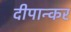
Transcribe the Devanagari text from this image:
दीपान्कर